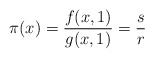
\begin{align*}\pi(x) = \frac{f(x,1)}{g(x,1)} = \frac{s}{r}\end{align*}